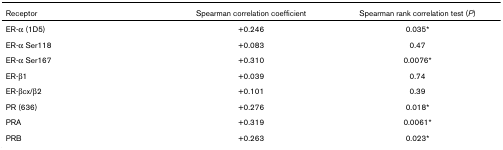
| Receptor | Spearman correlation coefficient | Spearman rank correlation test (P) |
 | --- | --- | --- |
 | ER-α (1D5) | +0.246 | 0.035* |
 | ER-α Ser118 | +0.083 | 0.47 |
 | ER-α Ser167 | +0.310 | 0.0076* |
 | ER-β1 | +0.039 | 0.74 |
 | ER-βcx/β2 | +0.101 | 0.39 |
 | PR (636) | +0.276 | 0.018* |
 | PRA | +0.319 | 0.0061* |
 | PRB | +0.263 | 0.023* |